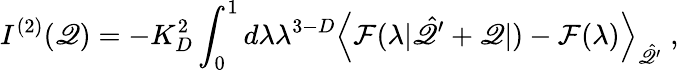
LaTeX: I^{(2)}(\mathscr{Q})=-K_{D}^{2}\int_{0}^{1}d\lambda\lambda^{3-D}\left\langle\mathcal{F}(\lambda|\hat{{\mathbf{{\mathscr{Q}}}}}^{\prime}+{\mathbf{{\mathscr{Q}}}}|)-\mathcal{F}(\lambda)\right\rangle_{\hat{{\mathbf{{\mathscr{Q}}}}}^{\prime}}\; ,